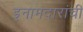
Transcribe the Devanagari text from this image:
इनामदारांची